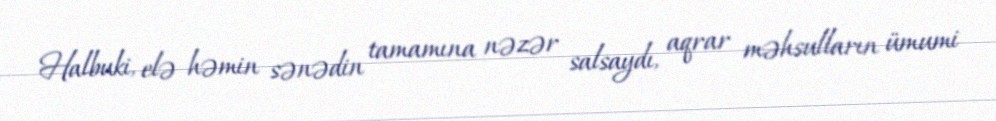
Halbuki, elə həmin sənədin tamamına nəzər salsaydı, aqrar məhsulların ümumi